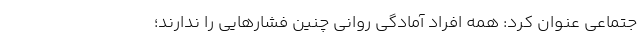
جتماعی عنوان کرد: همه افراد آمادگی روانی چنین فشارهایی را ندارند؛